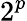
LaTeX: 2^{p}